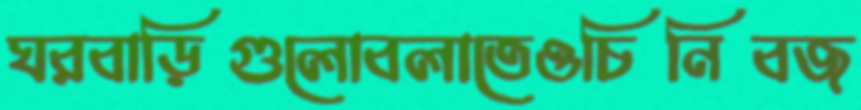
ঘরবাড়িগুলোবলাতেওচিনিবজ